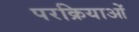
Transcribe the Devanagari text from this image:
परक्रियाओं